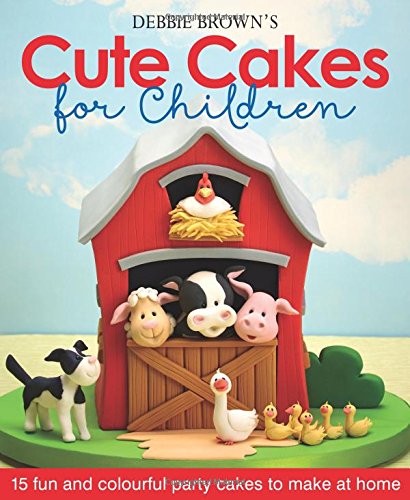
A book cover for Debbie Brown's Cute Cakes for Children: 15 Fun and Colourful Party Cakes to Make at Home; Debbie Brown; Cookbooks, Food & Wine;